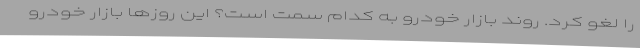
را لغو کرد. روند بازار خودرو به کدام سمت است؟ این روزها بازار خودرو